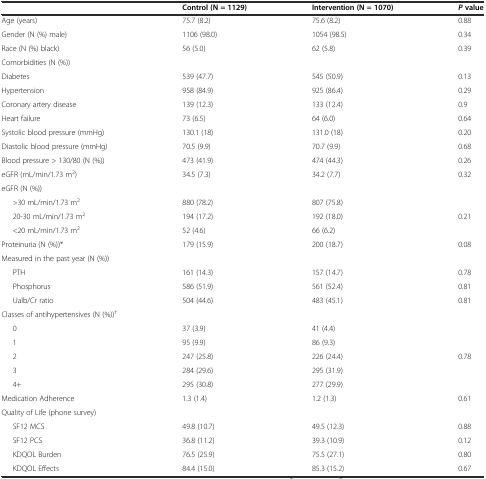
<table><thead><tr><td>[EMPTY_CELL]</td><td><b>Control (N = 1129)</b></td><td><b>Intervention (N = 1070)</b></td><td><b><i>P</i>value</b></td></tr></thead><tbody><tr><td>Age (years)</td><td>75.7 (8.2)</td><td>75.6 (8.2)</td><td>0.88</td></tr><tr><td>Gender (N (%) male)</td><td>1106 (98.0)</td><td>1054 (98.5)</td><td>0.34</td></tr><tr><td>Race (N (%) black)</td><td>56 (5.0)</td><td>62 (5.8)</td><td>0.39</td></tr><tr><td>Comorbidities (N (%))</td><td>[EMPTY_CELL]</td><td>[EMPTY_CELL]</td><td>[EMPTY_CELL]</td></tr><tr><td>Diabetes</td><td>539 (47.7)</td><td>545 (50.9)</td><td>0.13</td></tr><tr><td>Hypertension</td><td>958 (84.9)</td><td>925 (86.4)</td><td>0.29</td></tr><tr><td>Coronary artery disease</td><td>139 (12.3)</td><td>133 (12.4)</td><td>0.9</td></tr><tr><td>Heart failure</td><td>73 (6.5)</td><td>64 (6.0)</td><td>0.64</td></tr><tr><td>Systolic blood pressure (mmHg)</td><td>130.1 (18)</td><td>131.0 (18)</td><td>0.20</td></tr><tr><td>Diastolic blood pressure (mmHg)</td><td>70.5 (9.9)</td><td>70.7 (9.9)</td><td>0.68</td></tr><tr><td>Blood pressure &gt; 130/80 (N (%))</td><td>473 (41.9)</td><td>474 (44.3)</td><td>0.26</td></tr><tr><td>eGFR (mL/min/1.73 m<sup>2</sup>)</td><td>34.5 (7.3)</td><td>34.2 (7.7)</td><td>0.32</td></tr><tr><td>eGFR (N (%))</td><td>[EMPTY_CELL]</td><td>[EMPTY_CELL]</td><td>[EMPTY_CELL]</td></tr><tr><td>&gt;30 mL/min/1.73 m<sup>2</sup></td><td>880 (78.2)</td><td>807 (75.8)</td><td>[EMPTY_CELL]</td></tr><tr><td>20-30 mL/min/1.73 m<sup>2</sup></td><td>194 (17.2)</td><td>192 (18.0)</td><td>0.21</td></tr><tr><td>&lt;20 mL/min/1.73 m<sup>2</sup></td><td>52 (4.6)</td><td>66 (6.2)</td><td>[EMPTY_CELL]</td></tr><tr><td>Proteinuria (N (%))*</td><td>179 (15.9)</td><td>200 (18.7)</td><td>0.08</td></tr><tr><td>Measured in the past year (N (%))</td><td>[EMPTY_CELL]</td><td>[EMPTY_CELL]</td><td>[EMPTY_CELL]</td></tr><tr><td>PTH</td><td>161 (14.3)</td><td>157 (14.7)</td><td>0.78</td></tr><tr><td>Phosphorus</td><td>586 (51.9)</td><td>561 (52.4)</td><td>0.81</td></tr><tr><td>Ualb/Cr ratio</td><td>504 (44.6)</td><td>483 (45.1)</td><td>0.81</td></tr><tr><td>Classes of antihypertensives (N (%))<sup>†</sup></td><td>[EMPTY_CELL]</td><td>[EMPTY_CELL]</td><td>[EMPTY_CELL]</td></tr><tr><td>0</td><td>37 (3.9)</td><td>41 (4.4)</td><td>[EMPTY_CELL]</td></tr><tr><td>1</td><td>95 (9.9)</td><td>86 (9.3)</td><td>[EMPTY_CELL]</td></tr><tr><td>2</td><td>247 (25.8)</td><td>226 (24.4)</td><td>0.78</td></tr><tr><td>3</td><td>284 (29.6)</td><td>295 (31.9)</td><td>[EMPTY_CELL]</td></tr><tr><td>4+</td><td>295 (30.8)</td><td>277 (29.9)</td><td>[EMPTY_CELL]</td></tr><tr><td>Medication Adherence</td><td>1.3 (1.4)</td><td>1.2 (1.3)</td><td>0.61</td></tr><tr><td>Quality of Life (phone survey)</td><td>[EMPTY_CELL]</td><td>[EMPTY_CELL]</td><td>[EMPTY_CELL]</td></tr><tr><td>SF12 MCS</td><td>49.8 (10.7)</td><td>49.5 (12.3)</td><td>0.88</td></tr><tr><td>SF12 PCS</td><td>36.8 (11.2)</td><td>39.3 (10.9)</td><td>0.12</td></tr><tr><td>KDQOL Burden</td><td>76.5 (25.9)</td><td>75.5 (27.1)</td><td>0.80</td></tr><tr><td>KDQOL Effects</td><td>84.4 (15.0)</td><td>85.3 (15.2)</td><td>0.67</td></tr></tbody></table>